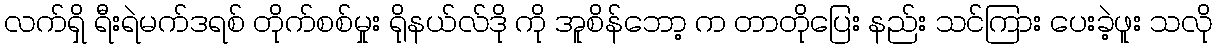
လက်ရှိ ရီးရဲမက်ဒရစ် တိုက်စစ်မှုး ရိုနယ်လ်ဒို ကို အူစိန်ဘော့ က တာတိုပြေး နည်း သင်ကြား ပေးခဲ့ဖူး သလို